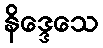
နိဒ္ဒေသေ